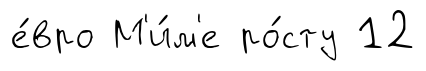
е́вро М'и́м'е ро́сту 12